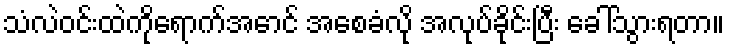
သံလဲဝင်းထဲကိုရောက်အောင် အစေခံလို အလုပ်ခိုင်းပြီး ခေါ်သွားရတာ။